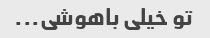
تو خیلی باهوشی...